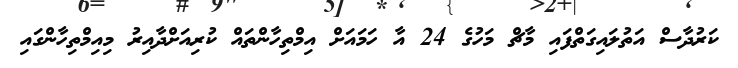
ކަރުދާސް އަތުލައިގަތްފައި މާޗް މަހުގެ 24 އާ ހަމައަށް އިމްތިހާންތައް ކުރިއަށްދާއިރު މިއިމްތިހާންގައި